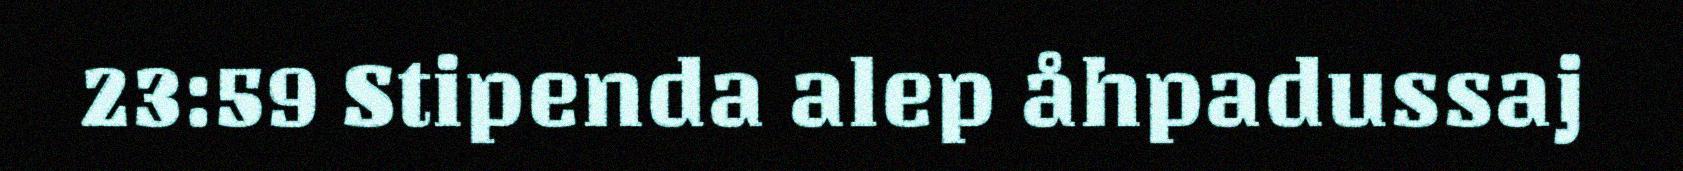
23:59 Stipenda alep åhpadussaj